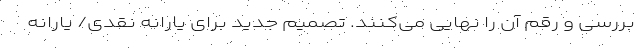
بررسی و رقم آن را نهایی می‌کنند. تصمیم جدید برای یارانه نقدی/ یارانه